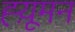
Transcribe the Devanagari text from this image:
ह्य़ूमन